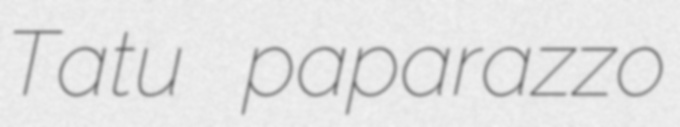
Tatu paparazzo